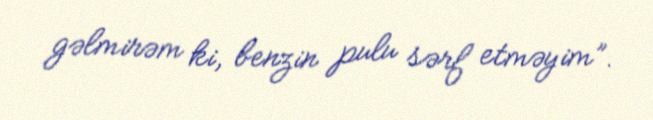
gəlmirəm ki, benzin pulu sərf etməyim”.